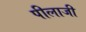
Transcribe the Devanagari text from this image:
पीलाजी